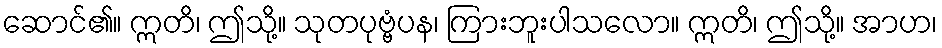
ဆောင်၏။ ဣတိ၊ ဤသို့။ သုတပုဗ္ဗံပန၊ ကြားဘူးပါသလော။ ဣတိ၊ ဤသို့။ အာဟ၊